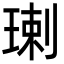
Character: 㻝